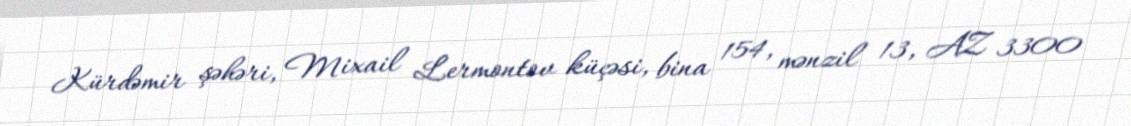
Kürdəmir şəhəri, Mixail Lermontov küçəsi, bina 154, mənzil 13, AZ 3300